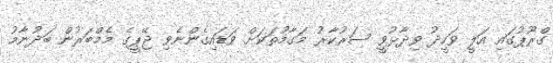
ގްރޫޕުގައި އަލީ ވަހީދު ވިދާޅުވީ ސަރުކާރު މަގާމުތަކަށް ވަޑައިގެންނެވި ޖޭޕީގެ މެމްބަރުން ބަދުނާމު